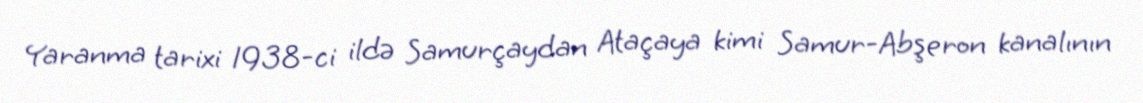
Yaranma tarixi 1938-ci ildə Samurçaydan Ataçaya kimi Samur-Abşeron kanalının